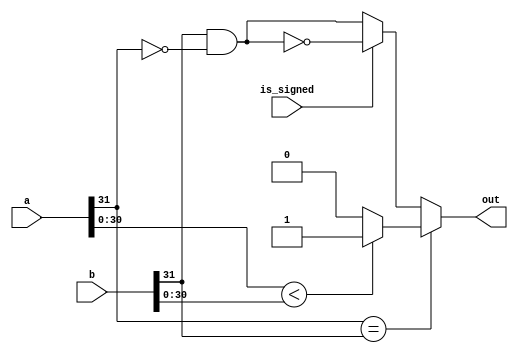
//                              -*- Mode: Verilog -*-
// Description     : Signed-unsigned dual-mode comparator
// Last Modified By: Christophe Clienti
// Update Count    : 0
// Status          : Unknown, Use with caution!
// Copyright (C) 2013-2016 Christophe Clienti - All Rights Reserved

//Inspired from the RTL Hardware Design Using VHDL book

`timescale 1 ns / 100 ps

module cmplt
  #(parameter WIDTH = 32)

   (input wire [WIDTH-1:0] a, b,
    input wire             is_signed,
    output wire            out);


   wire sign_a, sign_b;
   wire sign, cmpabs;

   assign sign_a = a[WIDTH-1];
   assign sign_b = b[WIDTH-1];

   assign sign = sign_b & (~sign_a);

   assign cmpabs = (a[WIDTH-2:0] < b[WIDTH-2:0]) ? 1'b1 : 1'b0;

   assign out = (sign_a == sign_b)  ? cmpabs :
                (is_signed == 1'b0) ? sign : ~sign;

endmodule